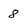
Character: 8